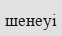
шенеуі